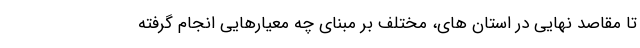
تا مقاصد نهایی در استان های، مختلف بر مبنای چه معیارهایی انجام گرفته